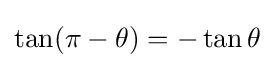
\tan(\pi -\theta )=-\tan \theta